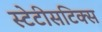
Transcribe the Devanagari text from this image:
स्टेटीसटिक्स